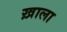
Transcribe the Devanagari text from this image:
ख़ाला